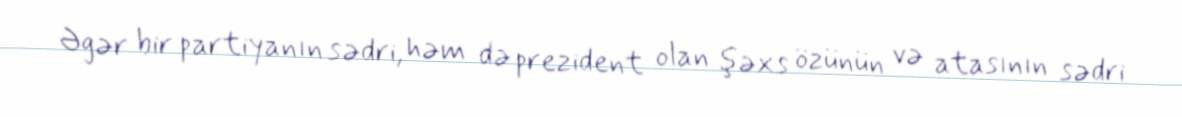
Əgər bir partiyanın sədri, həm də prezident olan şəxs özünün və atasının sədri